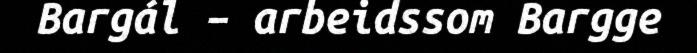
Bargál – arbeidssom Bargge